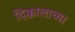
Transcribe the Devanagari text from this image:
दिक्कालाच्या